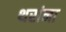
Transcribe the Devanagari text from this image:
थरांना